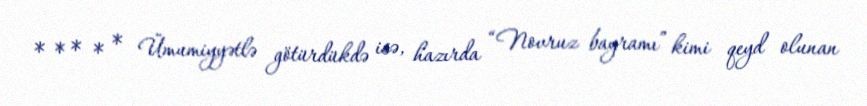
* * * * * Ümumiyyətlə götürdükdə isə, hazırda “Novruz bayramı” kimi qeyd olunan